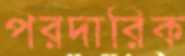
পরদারিক